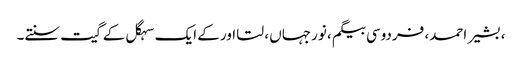
، بشیر احمد، فردوسی بیگم ، نورجہاں ، لتا اور کے ایک سہگل کے گیت سنتے۔